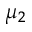
\mu _ { 2 }